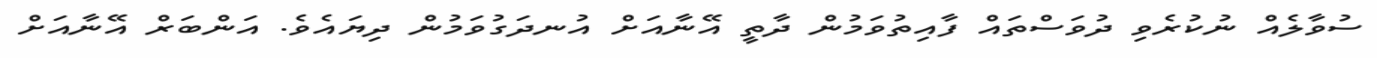
ސުވާލެއް ނުކުރެވި ދުވަސްތައް ފާއިތުވަމުން ދާތީ އޭނާއަށް އުނދަގުވަމުން ދިޔައެވެ. އަންބަރް އޭނާއަށް